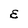
Character: E